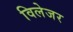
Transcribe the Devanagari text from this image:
विलेजर